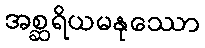
အစ္ဆရိယမနုဿော